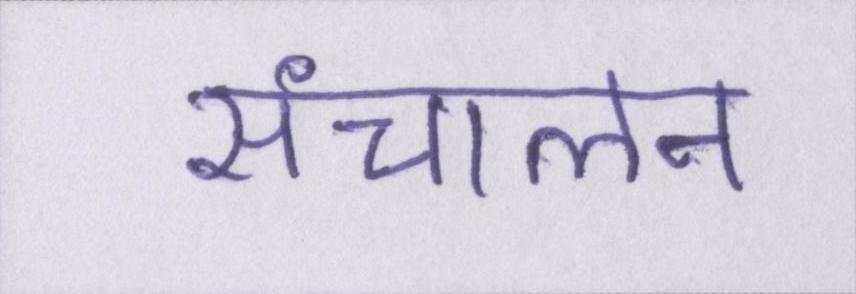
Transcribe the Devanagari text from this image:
संचालन